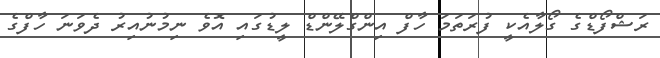
ރަޝްފޯޑްގެ ގޯލާއެކީ ފުރަތަމަ ހާފް އިންގްލޭންޑް ލީޑުގައި އޮވެ ނިމުނުއިރު ދެވަނަ ހާފްގެ